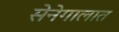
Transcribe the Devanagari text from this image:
सेनेगालात